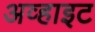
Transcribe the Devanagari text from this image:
अव्हाइट